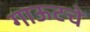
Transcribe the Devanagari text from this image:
गाऊटचे